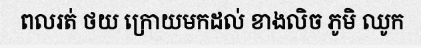
ពលរត់ ថយ ក្រោយមកដល់ ខាងលិច ភូមិ ឈូក